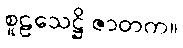
စူဠသေဋ္ဌိ ဇာတက။